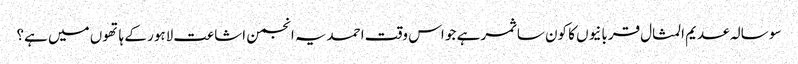
سو سالہ عدیم المثال قربانیوں کا کون سا ثمر ہے جو اس وقت احمدیہ انجمن اشاعت لاہور کے ہاتھوں میں ہے؟